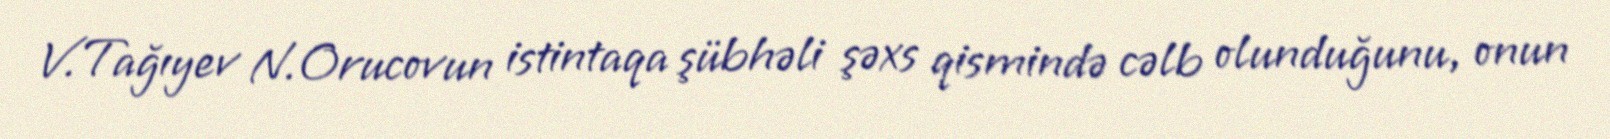
V.Tağıyev N.Orucovun istintaqa şübhəli şəxs qismində cəlb olunduğunu, onun